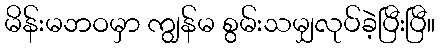
မိန်းမဘဝမှာ ကျွန်မ စွမ်းသမျှလုပ်ခဲ့ပြီးပြီ။